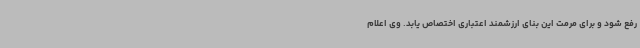
رفع شود و برای مرمت این بنای ارزشمند اعتباری اختصاص یابد. وی اعلام